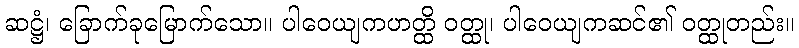
ဆဋ္ဌံ၊ ခြောက်ခုမြောက်သော။ ပါဝေယျကဟတ္ထိ ဝတ္ထု၊ ပါဝေယျကဆင်၏ ဝတ္ထုတည်း။